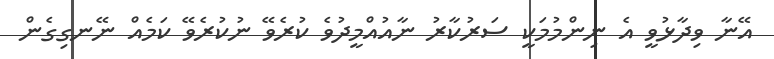
އޭނާ ވިދާޅުވީ އެ ނިންމުމަކީ ސަރުކާރު ނާއުއްމީދުވެ ކުރެވޭ ނުކުރެވޭ ކަމެއް ނޭނގިގެން